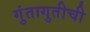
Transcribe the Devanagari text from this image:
गुंतागुतीची